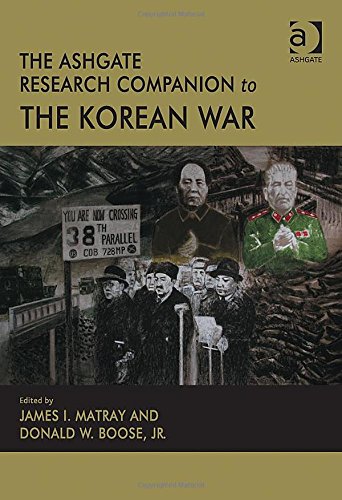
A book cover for The Ashgate Research Companion to the Korean War; History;